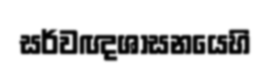
සර්වඥශාසනයෙහි